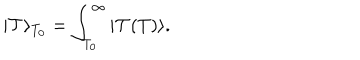
LaTeX: | \mathcal { T } \rangle _ { T _ { 0 } } = \int _ { T _ { 0 } } ^ { \infty } | \mathcal { T } ( T ) \rangle .